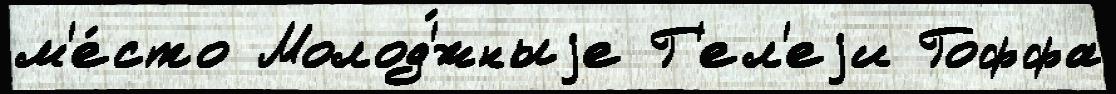
м'е́сто Молод'́жныjе Г'ел'еjи Гоффа